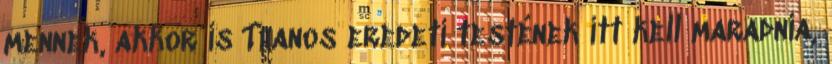
mennek, akkor is Thanos eredeti testének itt kell maradnia,